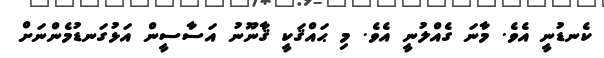
ކެނޑުނީ އެވެ. މާނަ ގެއްލުނީ އެވެ. މި ޙައްޤަކީ ޤާނޫނު އަސާސީން އަޅުގަނޑުމެންނަށް